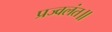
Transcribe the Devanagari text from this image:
प्रज्वलंत॥